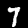
Label: 7